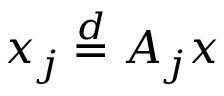
x _ { j } \overset { d } { = } A _ { j } x